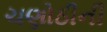
ચણોઠીની